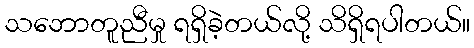
သဘောတူညီမှု ရရှိခဲ့တယ်လို့ သိရှိရပါတယ်။